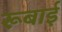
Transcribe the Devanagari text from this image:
रूबाई